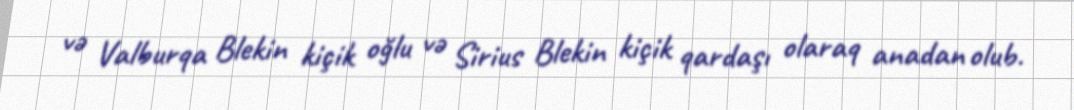
və Valburqa Blekin kiçik oğlu və Sirius Blekin kiçik qardaşı olaraq anadan olub.